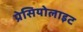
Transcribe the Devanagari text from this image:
प्रेसियोलाइट